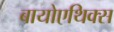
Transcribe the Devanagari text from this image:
बायोएथिक्स